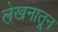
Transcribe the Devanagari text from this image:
ले़खनातून